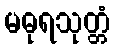
မဓုရသုတ္တံ